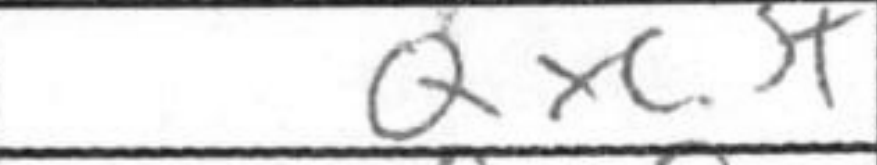
Transcription: Qxc3+